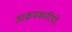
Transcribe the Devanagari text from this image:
आक्रमकारियों